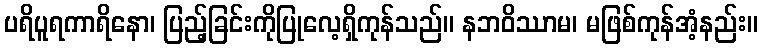
ပရိပူရကာရိနော၊ ပြည့်ခြင်းကိုပြုလေ့ရှိကုန်သည်။ နဘဝိဿာမ၊ မဖြစ်ကုန်အံ့နည်း။